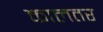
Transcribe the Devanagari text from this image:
कालतर